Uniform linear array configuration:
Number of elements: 48
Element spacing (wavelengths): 0.5
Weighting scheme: cosine
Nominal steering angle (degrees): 0
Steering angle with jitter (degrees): -0.4521
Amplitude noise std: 0.05
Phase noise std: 0.05

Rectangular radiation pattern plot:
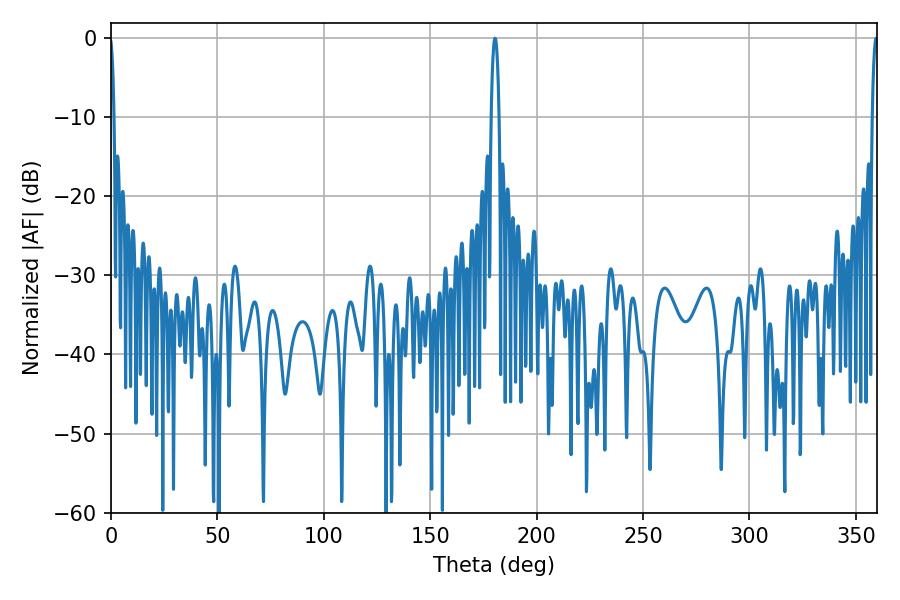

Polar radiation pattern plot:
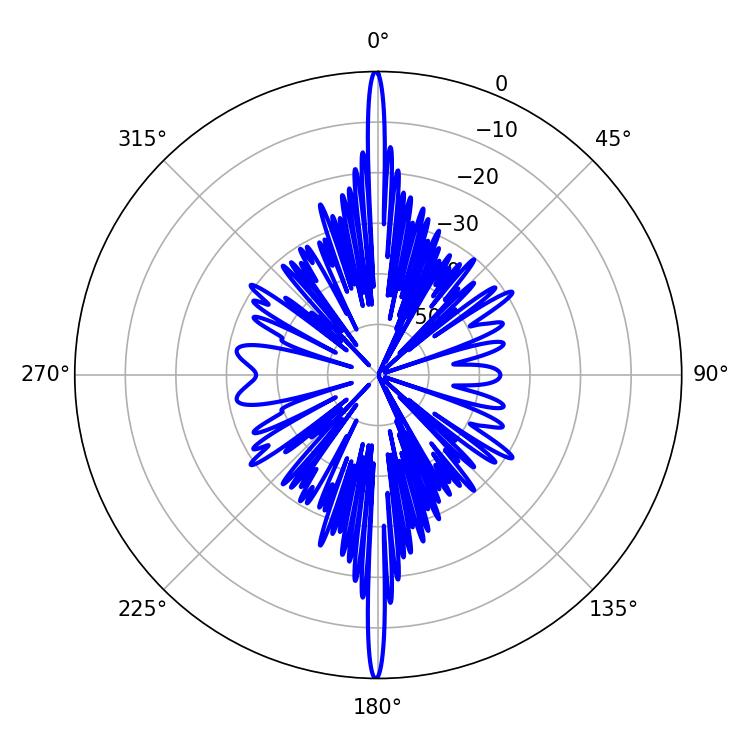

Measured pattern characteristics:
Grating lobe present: FALSE
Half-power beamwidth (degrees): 1.44
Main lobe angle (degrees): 359.46